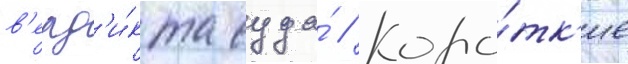
в'ерд'и́кта суда́ // Коро́тк'ие